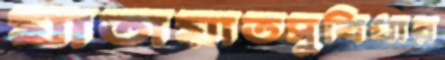
যাতায়াতসুবিধার